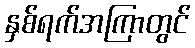
နှစ်ရက်အကြာတွင်